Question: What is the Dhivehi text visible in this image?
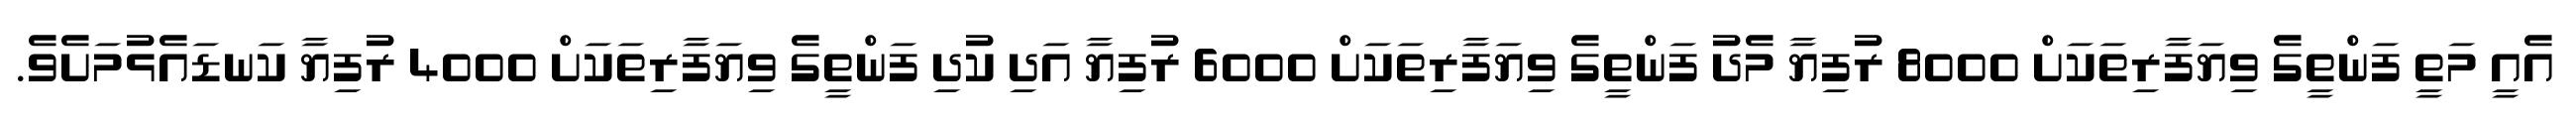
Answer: އެއީ މަތީ ފަންތީގެ ވިޔަފާރިތަކަށް 8000 ރުފިޔާ މެދު ފަންތީގެ ވިޔަފާރިތަކަށް 6000 ރުފިޔާ އަދި ކުދި ފަންތީގެ ވިޔަފާރިތަކަށް 4000 ރުފިޔާ ކަނޑައެޅުމަށެވެ.